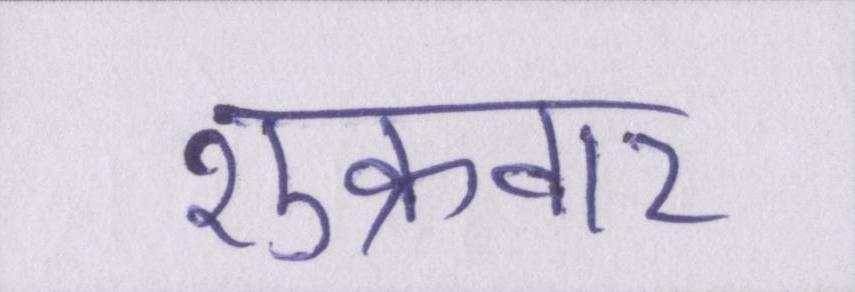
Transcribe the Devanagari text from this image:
शुक्रवार